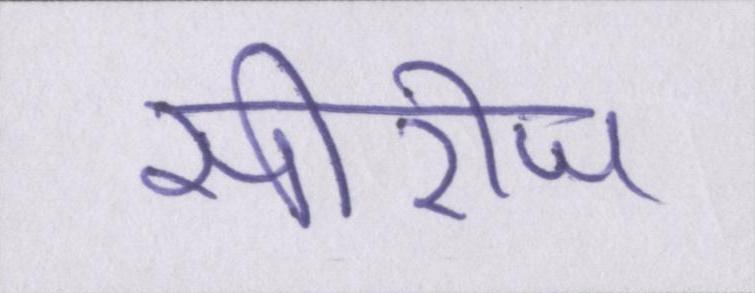
सीरीज